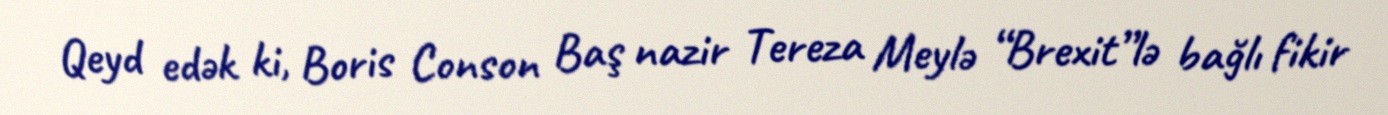
Qeyd edək ki, Boris Conson Baş nazir Tereza Meylə “Brexit”lə bağlı fikir